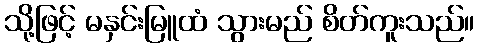
သို့ဖြင့် မနှင်းမြူထံ သွားမည် စိတ်ကူးသည်။